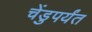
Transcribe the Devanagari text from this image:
चेंडुपर्यंत